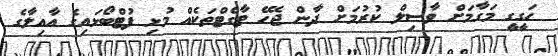
ހަގީގީ މަގާމަށް ވާސިލް ކުރުމަށް ދާން ޖެހޭ ޓާގެޓްތަކެއް މުޅި ފުޓްބޯޅައިގެ އާއިލާގެ